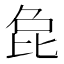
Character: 㲋